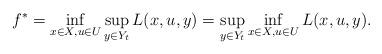
LaTeX: \begin{align*} f^*=\inf_{x \in X, u \in U} \sup_{y \in Y_{t}} L(x,u,y)=\sup_{y \in Y_{t}} \inf_{x \in X,u \in U} L(x,u,y).\end{align*}